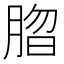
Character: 䐇